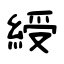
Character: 綬